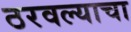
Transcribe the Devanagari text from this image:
ठरवल्याचा